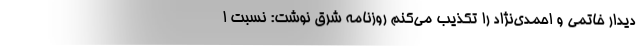
دیدار خاتمی و احمدی‌نژاد را تکذیب می‌کنم روزنامه شرق نوشت: نسبت ا